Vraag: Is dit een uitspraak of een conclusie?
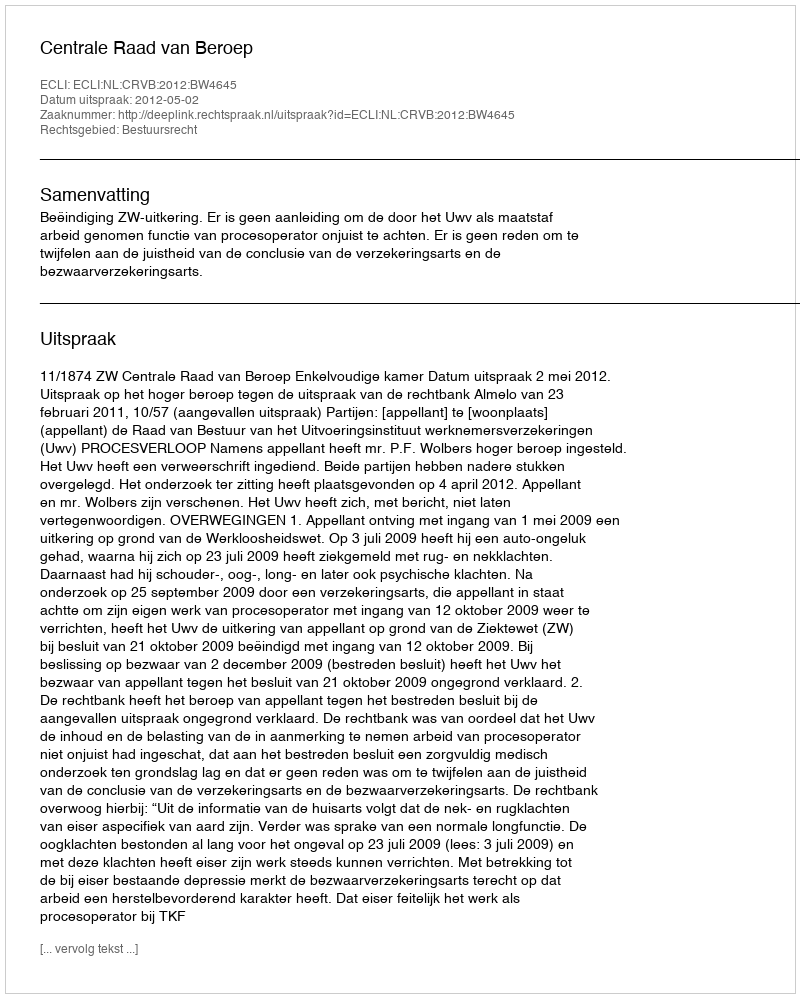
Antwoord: Uitspraak